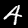
Label: 4